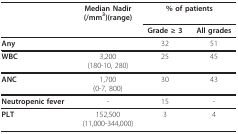
|  | Median Nadir(/mm3)(range) | <COLSPAN=2> % of patients |
 |  |  | Grade ≥ 3 | All grades |
 | --- | --- | --- | --- |
 | Any |  | 32 | 51 |
 | WBC | 3,200(180-10, 280) | 25 | 45 |
 | ANC | 1,700(0-7, 800) | 30 | 43 |
 | Neutropenic fever | - | 15 | - |
 | PLT | 152,500(11,000-344,000) | 3 | 4 |